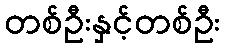
တစ်ဦးနှင့်တစ်ဦး